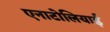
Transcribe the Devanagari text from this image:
एनाटोलियाई